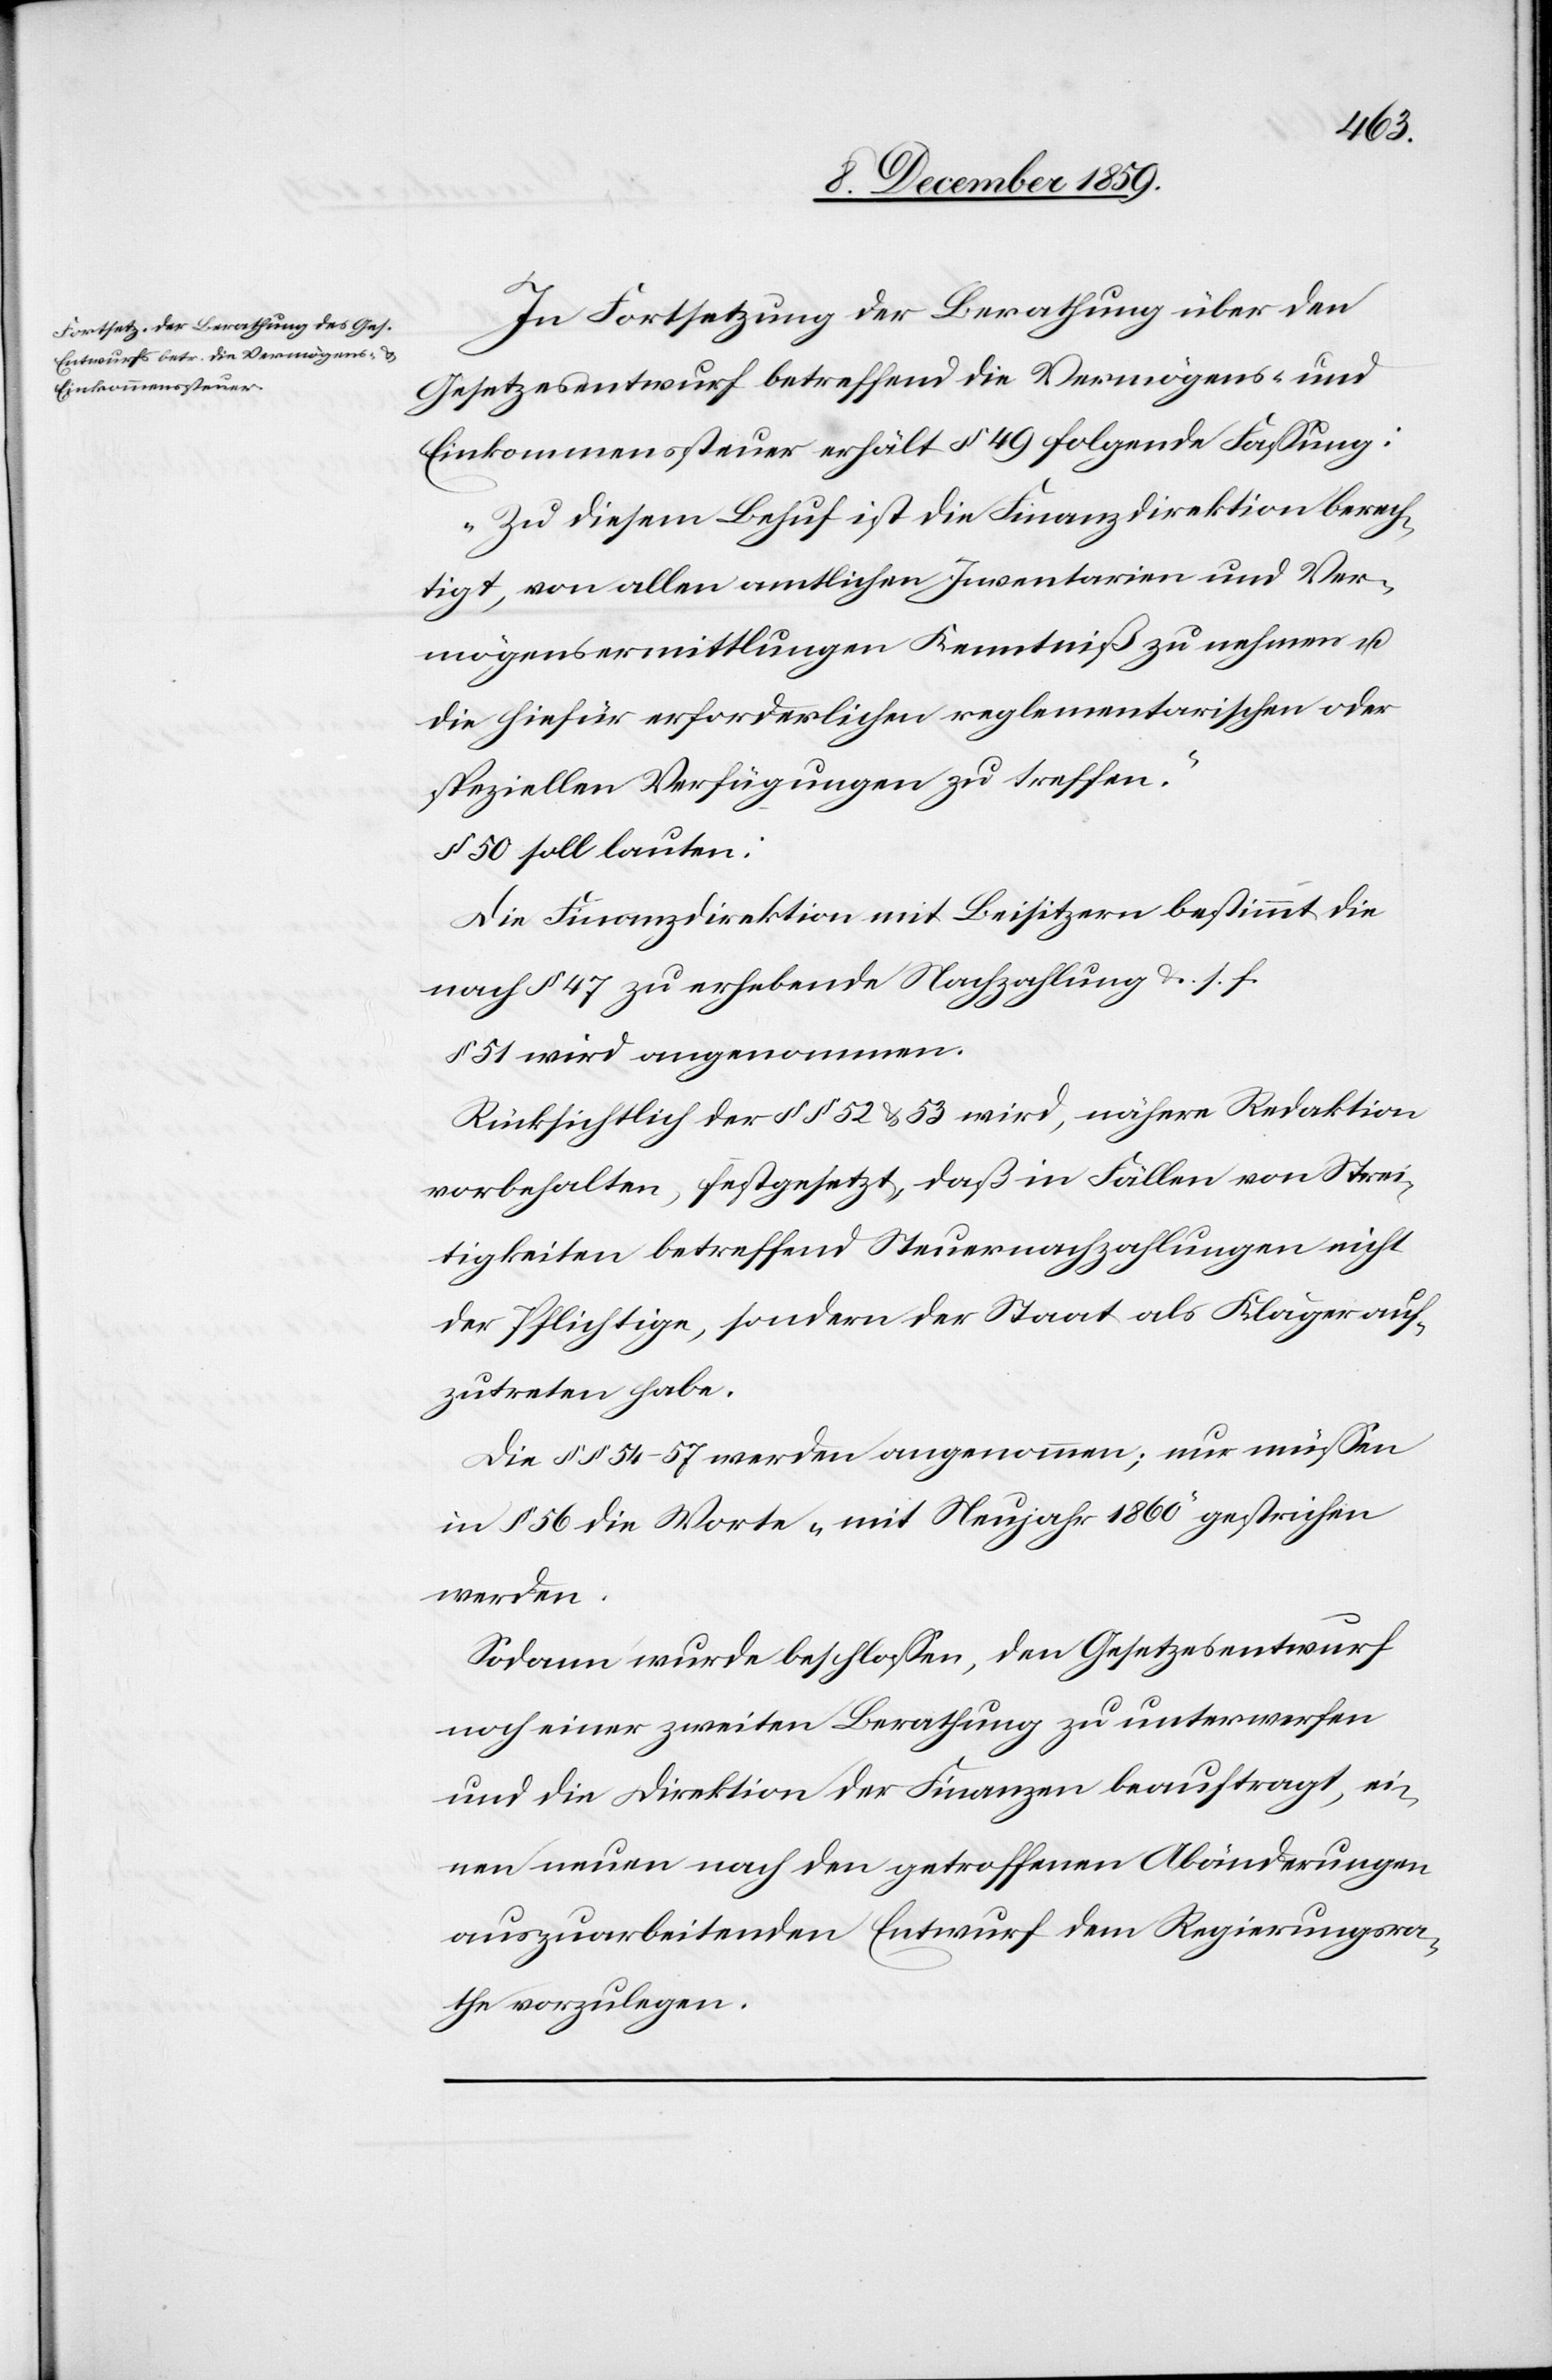
In Fortsetzung der Berathung über den
Gesetzesentwurf betreffend die Vermögens- und
Einkommenssteuer erhalt § 49 folgende Fassung:
„Zu diesem Behuf ist die Finanzdirektion berech¬
tigt, von allen amtlichen Inventarien und Ver¬
mögensermittlungen Kenntniß zu nehmen u.
die hiefür erforderlichen reglementarischen oder
speziellen Verfügungen zu treffen.
§ 50 soll lauten:
Die Finanzdirektion mit Beisitzern bestimmt die
nach § 47 zu erhebende Nachzahlung & s. f.
51 wird angenommen
Rücksichtlich der §§ 52 & 53 wird, nähere Redaktion
vorbehalten, festgesetzte, daß in Fällen von Strei¬
tigkeiten betreffend Steuernachzahlungen nicht
der Pflichtige, sondern der Staat als Kläger auf¬
zutreten habe.
Die §§ 55–57 werden angenommen; nur müssen
in § 56 die Worte „mit Neujahr 1860“ gestrichen
werden.
Sodann wurde beschlossen, den Gesetzesentwurf
noch einer zweiten Berathung zu unterwerfen
und die Direktion der Finanzen beauftragt, ei¬
nen neuen nach den getroffenen Abänderungen
auszuarbeitenden Entwurf dem Regierungsra¬
the vorzulegen.